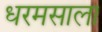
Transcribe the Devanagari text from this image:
धरमसाला